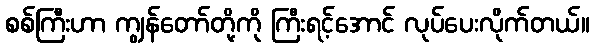
စစ်ကြီးဟာ ကျွန်တော်တို့ကို ကြီးရင့်အောင် လုပ်ပေးလိုက်တယ်။